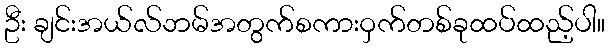
ဦး ချင်းအယ်လ်ဘမ်အတွက်စကားဝှက်တစ်ခုထပ်ထည့်ပါ။